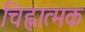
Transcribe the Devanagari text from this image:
चिह्नात्मक